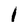
Character: I